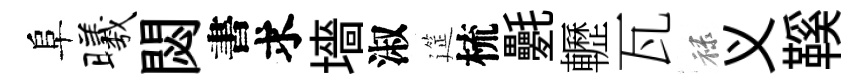
阜曦閟書求墻淑筵梳氎轣瓦禄义鞵